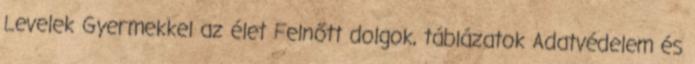
Levelek Gyermekkel az élet Felnőtt dolgok, táblázatok Adatvédelem és